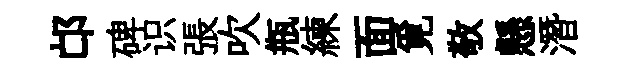
邙碑识張吹瓶練面覓敬懸潛